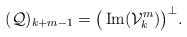
\begin{align*}(\mathcal Q)_{k+m-1}=\big(\operatorname{Im}(\mathcal V^m_k)\big)^\perp.\end{align*}